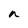
Character: n